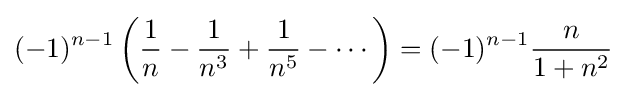
(-1)^{n-1}\left({\frac {1}{n}}-{\frac {1}{n^{3}}}+{\frac {1}{n^{5}}}-\cdots \right)=(-1)^{n-1}{\frac {n}{1+n^{2}}}